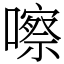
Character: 嚓